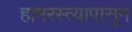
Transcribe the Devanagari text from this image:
हामरस्त्यापासून